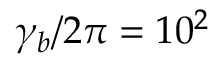
\gamma _ { b } / 2 \pi = 1 0 ^ { 2 }